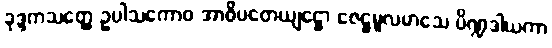
ခုဒ္ဒကသတ္ထေ ဥပါသကောဝ အာဓိပတေယျဋ္ဌော ဇေဋ္ဌမူလမာသေ ပိဏ္ဍဒါယကာ